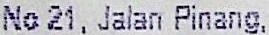
NO 21, JALAN PINANG,